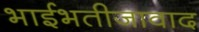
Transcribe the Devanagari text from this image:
भाईभतीजावाद